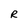
Character: R